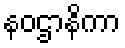
နဝဌာနိကာ